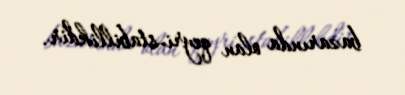
bazarında olan qeyri-stabillikdir.